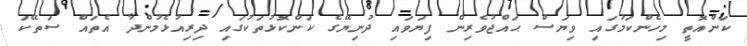
ކަންއޮތީ މިހެންކަމުގައި ވިޔަސް ޙައްޖުވެރިން ފިޔަވައި ދުނިޔޭގެ ކަންކޮޅުތަކުގައި ދިރިއުޅެމުންދާ އެތައް ސަތޭކަ